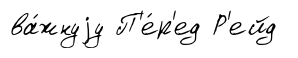
ва́жнуjу П'е́р'ед Р'ейд